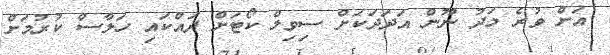
އަށް ވުރެ މަދު ނޫން އަދަދަކަށް ސިވިލް ކޯޓަށް ދައްކައި ހަލާސް ކުރުމަށް